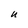
Character: U